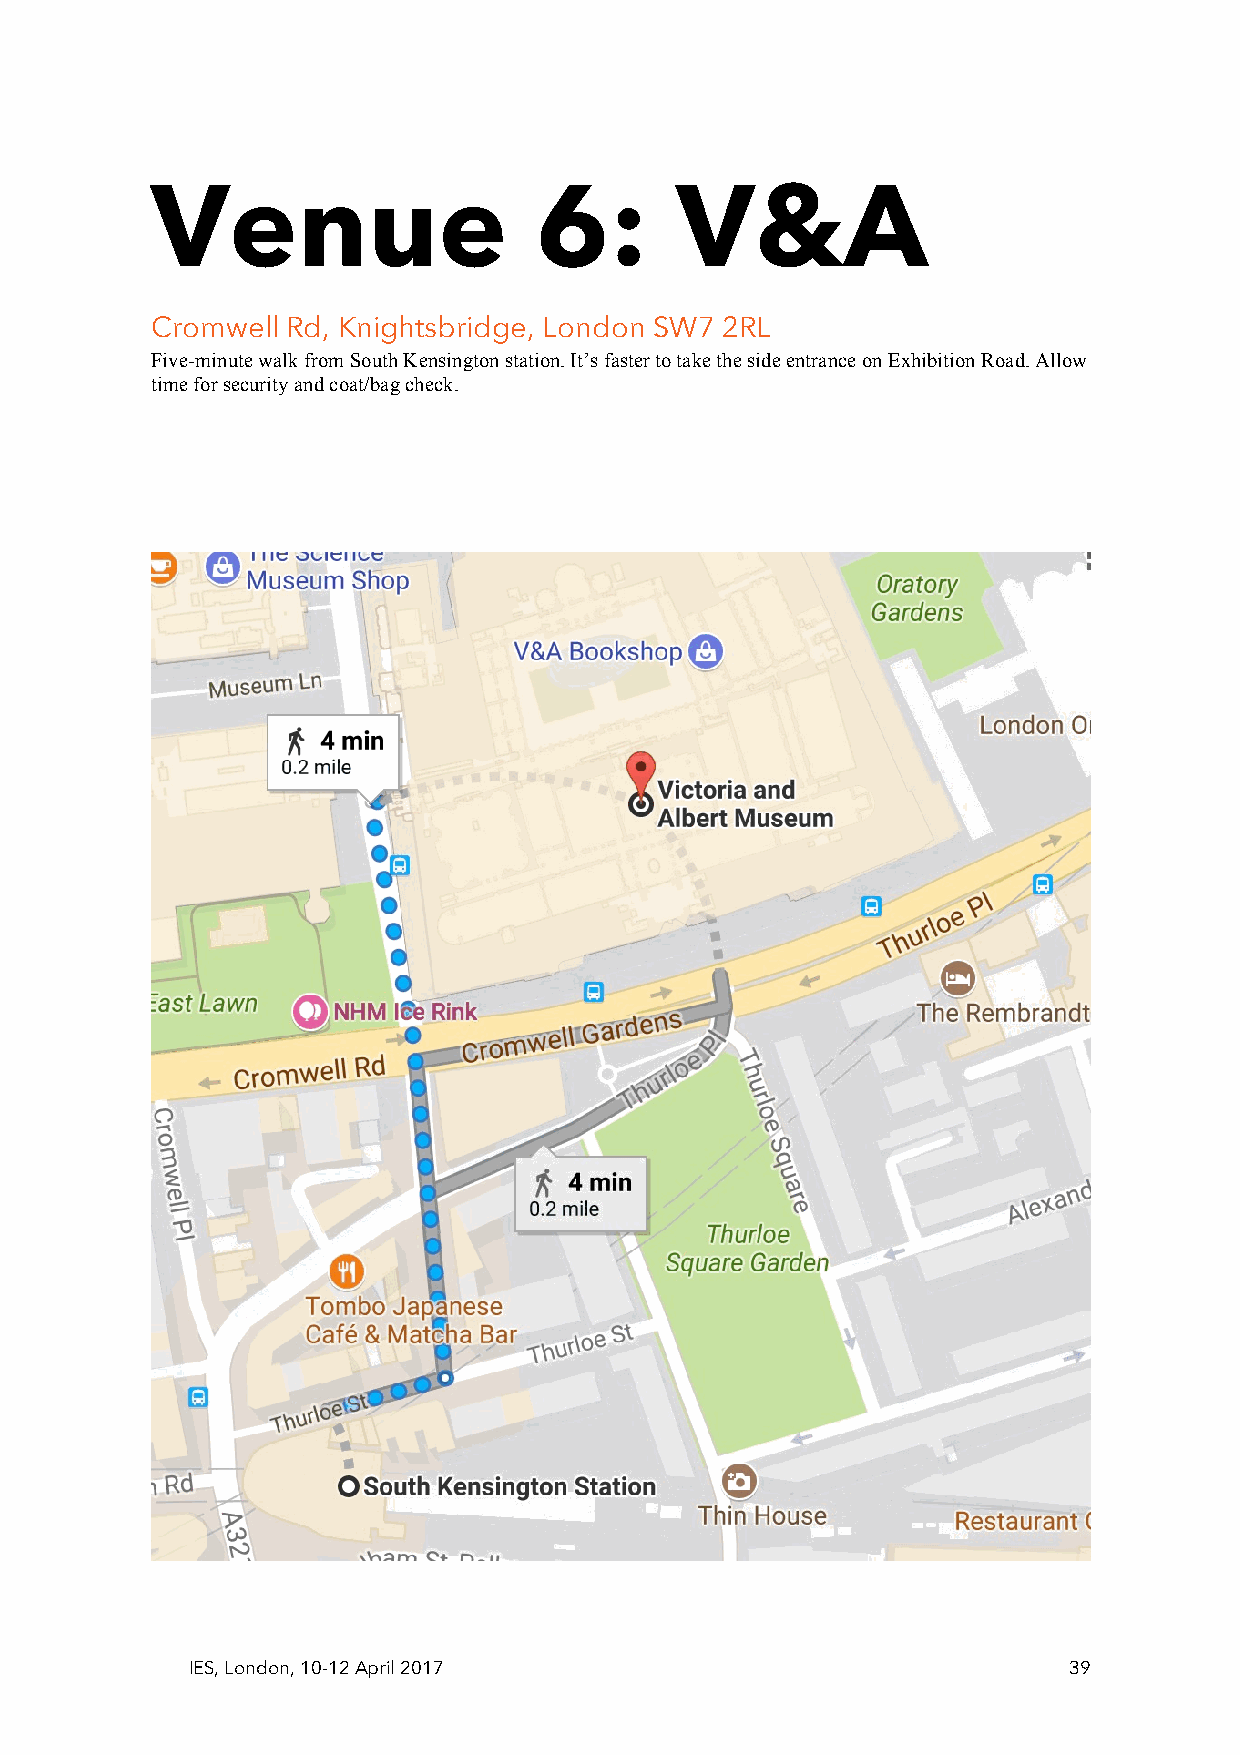
Venue                    6:        V&A
 Cromwell Rd, Knightsbridge, London SW7 2RL
 Five-minute walk from South Kensington station. It’s faster to take the side entrance on Exhibition Road. Allow
 time for security and coat/bag check.
 IES, London, 10-12 April 2017                              39